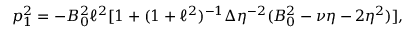
p _ { 1 } ^ { 2 } = - B _ { 0 } ^ { 2 } \ell ^ { 2 } [ 1 + ( 1 + \ell ^ { 2 } ) ^ { - 1 } \Delta \eta ^ { - 2 } ( B _ { 0 } ^ { 2 } - \nu \eta - 2 \eta ^ { 2 } ) ] ,